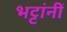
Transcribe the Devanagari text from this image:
भट्टांनीं